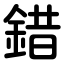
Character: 錯